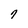
Character: 7